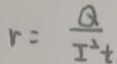
r = \frac { Q } { I ^ { 2 } t }